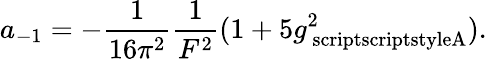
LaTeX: a_{-1}=-\frac{1}{16\pi^{2}}\frac{1}{F^{2}}(1+5g_{\mathrm{\ scriptscriptstyleA}}^{2}).